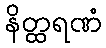
နိတ္ထရဏံ